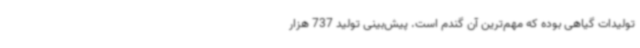
تولیدات گیاهی بوده که مهم‌ترین آن گندم است. پیش‌بینی تولید 737 هزار